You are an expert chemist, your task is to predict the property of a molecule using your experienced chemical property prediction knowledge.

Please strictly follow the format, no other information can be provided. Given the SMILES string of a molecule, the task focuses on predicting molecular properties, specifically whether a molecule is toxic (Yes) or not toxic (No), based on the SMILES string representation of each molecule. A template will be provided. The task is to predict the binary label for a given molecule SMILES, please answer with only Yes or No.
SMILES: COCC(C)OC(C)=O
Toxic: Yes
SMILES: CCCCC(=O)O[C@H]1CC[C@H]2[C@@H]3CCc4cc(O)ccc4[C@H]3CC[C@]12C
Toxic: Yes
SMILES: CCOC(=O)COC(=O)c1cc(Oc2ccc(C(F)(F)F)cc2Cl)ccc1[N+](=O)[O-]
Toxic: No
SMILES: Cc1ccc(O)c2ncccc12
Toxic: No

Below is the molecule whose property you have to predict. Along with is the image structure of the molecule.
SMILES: CC1COC(Cn2cncn2)(c2ccc(Oc3ccc(Cl)cc3)cc2Cl)O1
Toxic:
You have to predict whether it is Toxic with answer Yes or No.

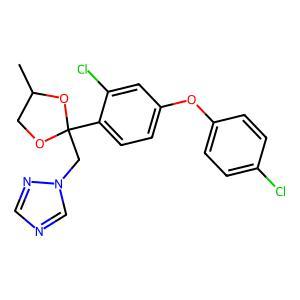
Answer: No